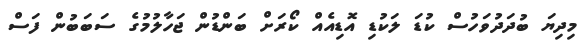
މިދިޔަ ބުދަދުވަހުސް ކުޑަ ލަކުޑި އޮޑިއެއް ކޯރަށް ބަންޑުން ޖަހާލުމުގެ ސަބަބުން ފަސް